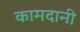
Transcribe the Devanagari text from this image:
कामदानी